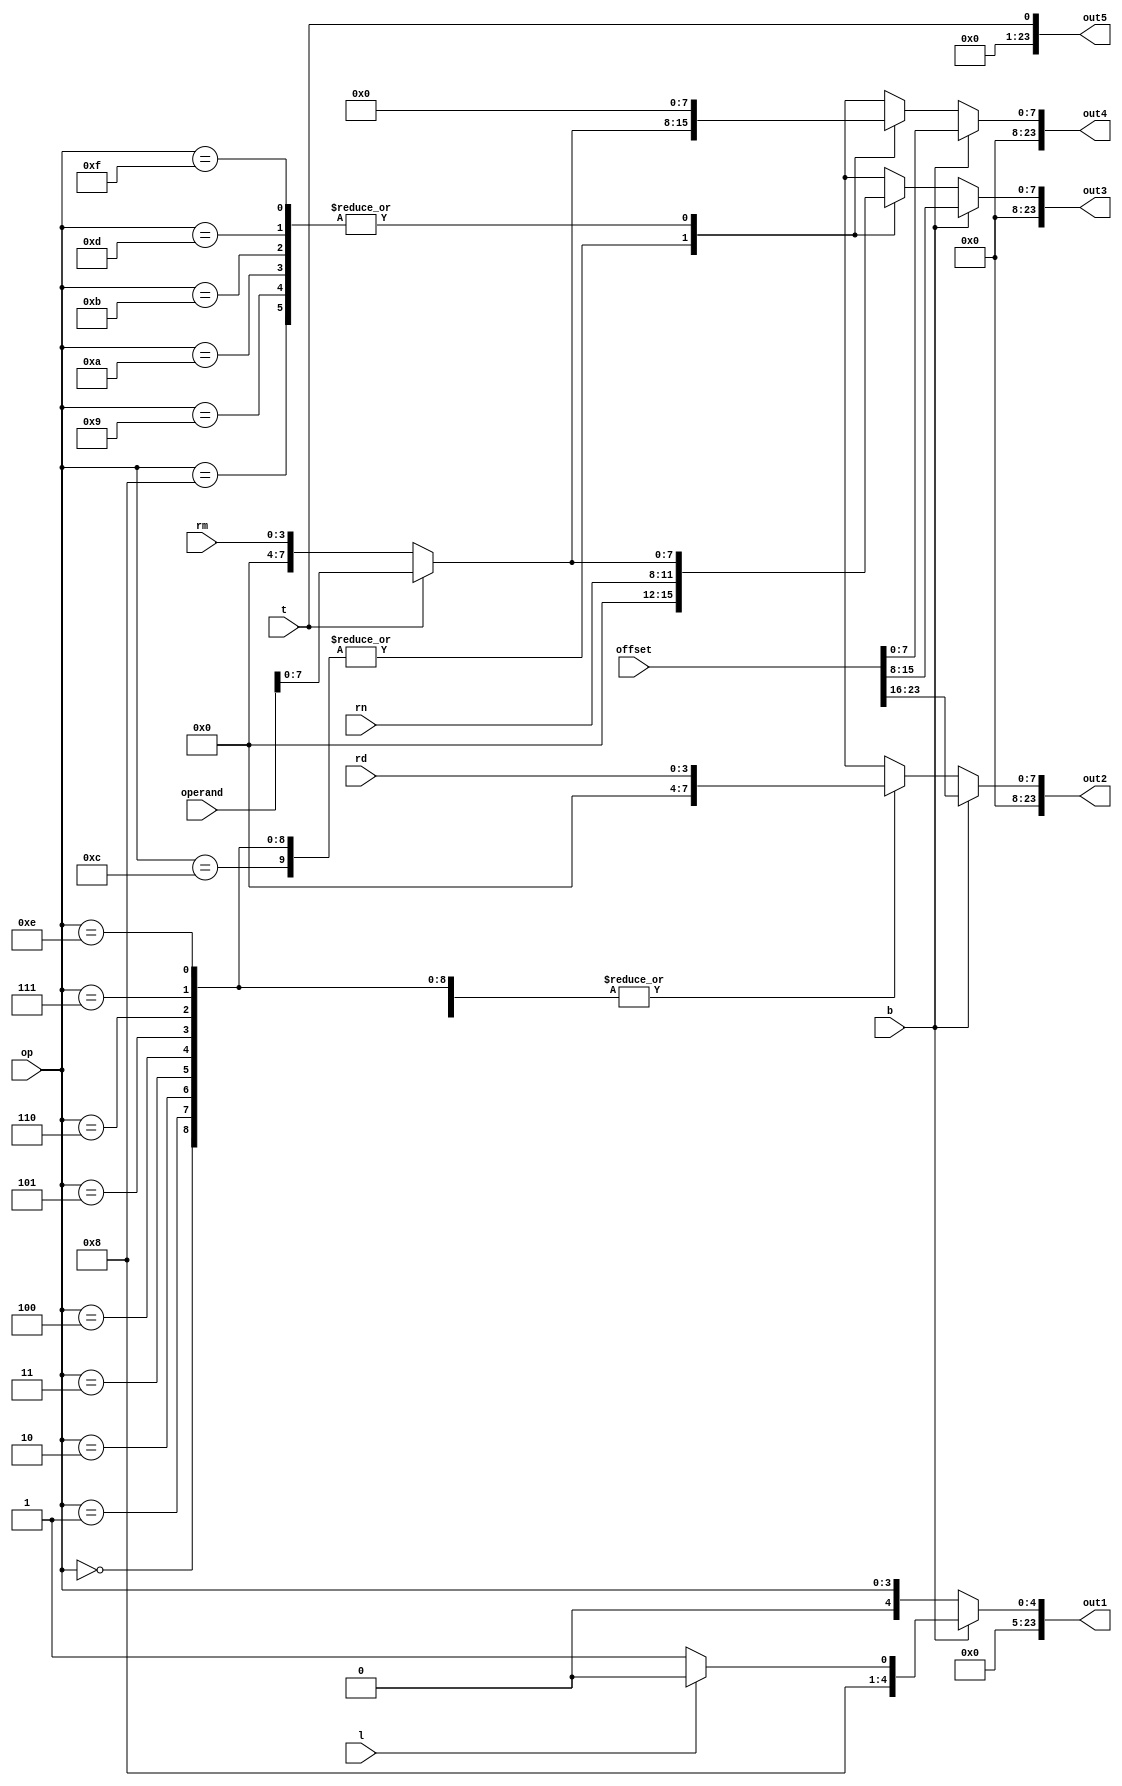
/* Condition decoded instructions for output ports
	
	Input:
		b,l	 : B, BL indcator
		t		 : type of operand, 1 if number and register otherwise
		offset : offset for branch
		op		 : opcode
		rn, rd : rn, rd from instructions
		rm		 : operand register
		operand: full operand code
	
	Output:
		out1-5 : output data for debug port 3-7
*/		
module interpreter(
	input wire b, l, t, 
	input wire [23:0] offset,
	input wire [3:0] op, rn, rd, rm,
	input wire [11:0] operand,
	output wire [23:0] out1, out2, out3, out4, out5
	);
	
	reg [7:0] t1, t2, t3, t4; // temp vars
	
	assign out1 = t1;
	assign out2 = t2;
	assign out3 = t3;
	assign out4 = t4;
	assign out5 = t;
	
	always @(*) begin
		t3 = 1'b0; t4 = 1'b0;
		if (b) begin
			if (l)
				t1 = 5'b10000;
			else
				t1 = 5'b10001;
			t2 = offset[23:16];
			t3 = offset[15:8];
			t4 = offset[7:0];
		end
		else begin
			t1 = op;
			case (op)	
				4'b0000: begin // AND
								t2 = rd;
								t3 = rn;
								if (t) 
									t4 = operand[7:0];
								else
									t4 = rm;
							end
				4'b0001: begin // EOR *
								t2 = rd;
								t3 = rn;
								if (t) 
									t4 = operand[7:0];
								else
									t4 = rm;
							end
				4'b0010: begin // SUB *
								t2 = rd;
								t3 = rn;
								if (t) 
									t4 = operand[7:0];
								else
									t4 = rm;
							end
				4'b0011: begin // RSB *
								t2 = rd;
								t3 = rn;
								if (t) 
									t4 = operand[7:0];
								else
									t4 = rm;
							end
				4'b0100: begin // ADD *	
								t2 = rd;
								t3 = rn;
								if (t) 
									t4 = operand[7:0];
								else
									t4 = rm;
							end
				4'b0101: begin // ADC *	
								t2 = rd;
								t3 = rn;
								if (t) 
									t4 = operand[7:0];
								else
									t4 = rm;
							end
				4'b0110: begin // SBC *
								t2 = rd;
								t3 = rn;
								if (t) 
									t4 = operand[7:0];
								else
									t4 = rm;
							end
				4'b0111: begin // RSC *
								t2 = rd;
								t3 = rn;
								if (t) 
									t4 = operand[7:0];
								else
									t4 = rm;
							end
				4'b1000: begin // TST
								t2 = rd;
								if (t) 
									t3 = operand[7:0];
								else
									t3 = rm;
							end
				4'b1001: begin// TEQ
								t2 = rd;
								if (t) 
									t3 = operand[7:0];
								else
									t3 = rm;
							end
				4'b1010: begin// CMP
								t2 = rd;
								if (t) 
									t3 = operand[7:0];
								else
									t3 = rm;
							end
				4'b1011: begin// CMN
								t2 = rd;
								if (t) 
									t3 = operand[7:0];
								else
									t3 = rm;
							end
				4'b1100: begin // ORR *
								t2 = rd;
								t3 = rn;
								if (t) 
									t4 = operand[7:0];
								else
									t4 = rm;
							end
				4'b1101: begin// MOV
								t2 = rd;
								if (t) 
									t3 = operand[7:0];
								else
									t3 = rm;
							end
				4'b1110: begin // BIC *
							t2 = rd;
								t3 = rn;
								if (t) 
									t4 = operand[7:0];
								else
									t4 = rm;
							end
				4'b1111: begin // MVN
								t2 = rd;
								if (t) 
									t3 = operand[7:0];
								else
									t3 = rm;
							end
			endcase
		end
	end
endmodule

module interpreter_testbench();
	reg clk,b, l, t; 
	reg [23:0] offset;
	reg [3:0] op, rn, rd, rm;
	reg [11:0] operand;
	wire [23:0] out1, out2, out3, out4, out5;
	
	interpreter dut(b, l , t, offset, op, rn, rd, rm, operand, 
												out1, out2, out3, out4, out5);

	// Set up the clock.
	always begin
		clk = 1; #5; clk = 0; #5;
	end

	// Set up the inputs to the design. Each line is a clock cycle.
	integer i;
	initial begin
																	#10;
		b <= 0; l <= 0; t <= 1; op <= 4'b1101;
		rn <= 0; rd <= 4'b0111; rm <= 0; operand <= 0;	#200;
  end
endmodule